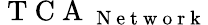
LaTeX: \mathrm{~T~C~A~}_{\mathrm{~N~e~t~w~o~r~k~}}